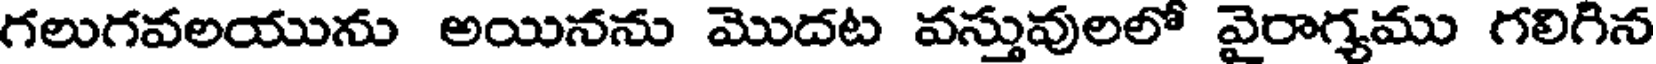
గలుగవలయును అయినను మొదట వస్తువులలో వైరాగ్యము గలిగిన